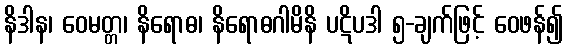
နိဒါန၊ ဝေမတ္တ၊ နိရောဓ၊ နိရောဓဂါမိနိ ပဋိပဒါ ၅-ချက်ဖြင့် ဝေဖန်၍